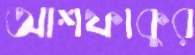
আশফাকুর